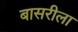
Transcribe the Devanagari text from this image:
बासरीला